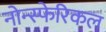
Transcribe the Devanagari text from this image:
नोन्स्फेरिकल